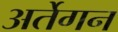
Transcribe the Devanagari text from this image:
अर्तेगन